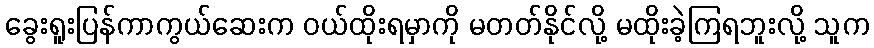
ခွေးရူးပြန်ကာကွယ်ဆေးက ဝယ်ထိုးရမှာကို မတတ်နိုင်လို့ မထိုးခဲ့ကြရဘူးလို့ သူက